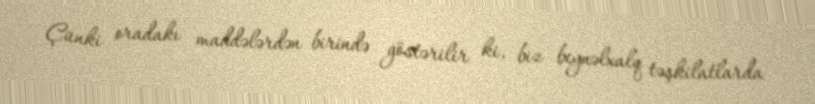
Çünki oradakı maddələrdən birində göstərilir ki, biz beynəlxalq təşkilatlarda